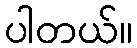
ပါတယ်။